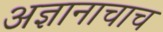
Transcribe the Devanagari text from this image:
अज्ञानाचाच